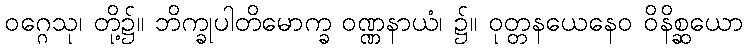
ဝဂ္ဂေသု၊ တို့၌။ ဘိက္ခုပါတိမောက္ခ ဝဏ္ဏနာယံ၊ ၌။ ဝုတ္တနယေနေဝ ဝိနိစ္ဆယော